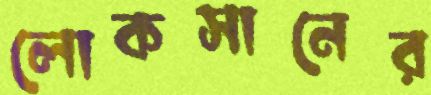
লোকসানের